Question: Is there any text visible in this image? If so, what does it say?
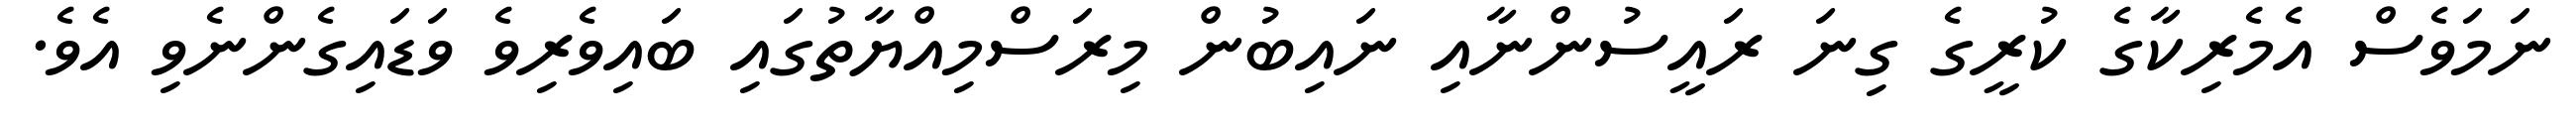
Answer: ނަމަވެސް އެމެރިކާގެ ކުރީގެ ގިނަ ރައީސުންނާއި ނައިބުން މިރަސްމިއްޔާތުގައި ބައިވެރިވެ ވަޑައިގެންނެވި އެވެ.